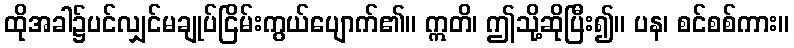
ထိုအခါ၌ပင်လျှင်မချုပ်ငြိမ်းကွယ်ပျောက်၏။ ဣတိ၊ ဤသို့ဆိုပြီး၍။ ပန၊ စင်စစ်ကား။